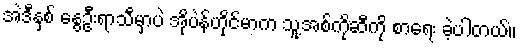
အဲဒီနှစ် နွေဦးရာသီမှာပဲ အိုပဲန်ဟိုင်မာက သူ့အစ်ကိုဆီကို စာရေး ခဲ့ပါတယ်။